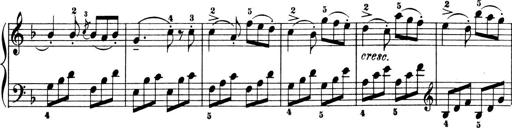
Title: 6 Piano Sonatinas
Composer: Cornelius Gurlitt